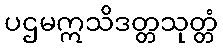
ပဌမဣသိဒတ္တသုတ္တံ